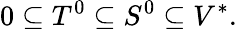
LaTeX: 0\subseteq T^{0}\subseteq S^{0}\subseteq V^{*}.